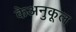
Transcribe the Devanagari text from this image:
केअनुकूल